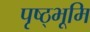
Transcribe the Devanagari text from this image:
पृष्ठ्भूमि